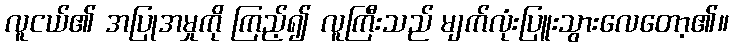
လူငယ်၏ အပြုအမှုကို ကြည့်၍ လူကြီးသည် မျက်လုံးပြူးသွားလေတော့၏။